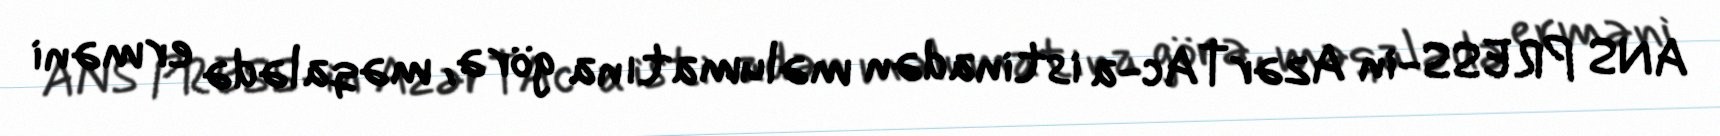
ANS PRESS-in AzərTAc-a istinadən məlumatına görə, məqalədə erməni